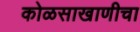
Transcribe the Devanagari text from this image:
कोळसाखाणीचा